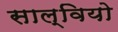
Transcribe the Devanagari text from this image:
साल्वियो